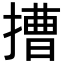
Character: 𢲵